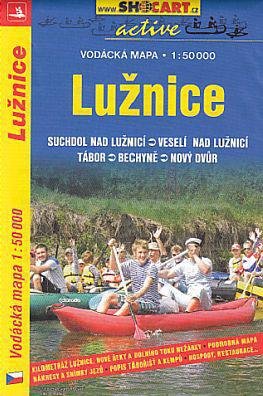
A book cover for Luznice (Lainsitz) River (Czech Republic) 1:50,000 Canoeing Map & Guide SHOCART; Shocart Czech Republic; Sports & Outdoors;